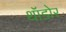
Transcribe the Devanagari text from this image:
थॉडोर